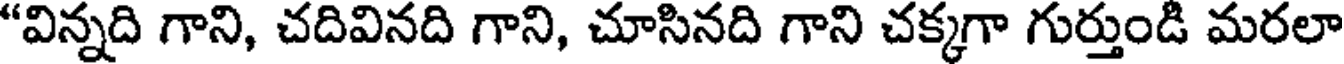
"విన్నది గాని, చదివినది గాని, చూసినది గాని చక్కగా గుర్తుండి మరలా